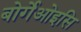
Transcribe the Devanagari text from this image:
बोर्गेओइसि